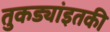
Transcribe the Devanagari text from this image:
तुकड्यांइतकी